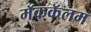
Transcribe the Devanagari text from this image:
मॅककॅलम